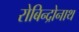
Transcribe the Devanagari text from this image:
रोबिन्द्रोनाथ